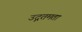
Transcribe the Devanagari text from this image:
उद्गतमता